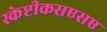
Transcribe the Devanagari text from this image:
स्केप्टीकसएसए